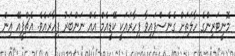
މޮނީޓަރިންގެ ހާލަތަށް ގެނެސްފައިވާ ފިހާރައަކީ ކޭޑީއެމް އެއް ނަންބަރު ފިހާރައެވެ. އެޗްޕީއޭ އިން